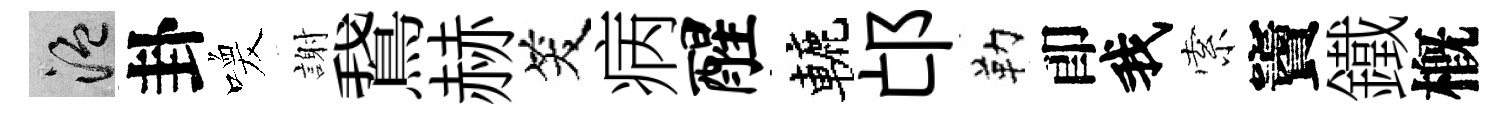
温卦喚謝鵞赫笑病醒轆邙勒卽我索竇鐵槪